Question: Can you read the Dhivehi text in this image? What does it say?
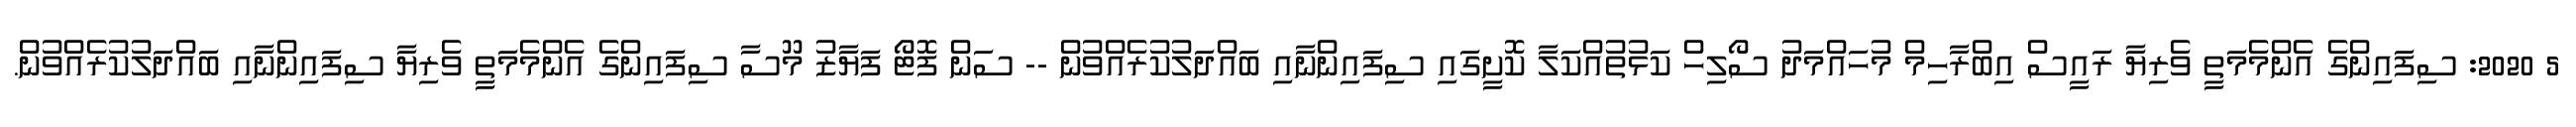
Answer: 5 2020: ސިފައިންގެ އެންމެމަތީ ވެރިޔާ ރައީސް އިބްރާހިމް މުހައްމަދު ސޯލިހް ކަޅުތުއްކަލާ ކޮށީގައި ސިފައިންނާއި ބައްދަލުކުރެއްވުން -- ސަން ފޮޓޯ ފަޔާޒު މޫސާ ސިފައިންގެ އެންމެމަތީ ވެރިޔާ ސިފައިންނާއި ބައްދަލުކުރެއްވުން.